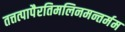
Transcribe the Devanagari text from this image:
तत्तत्पापैरतिमलिनमन्तर्मम